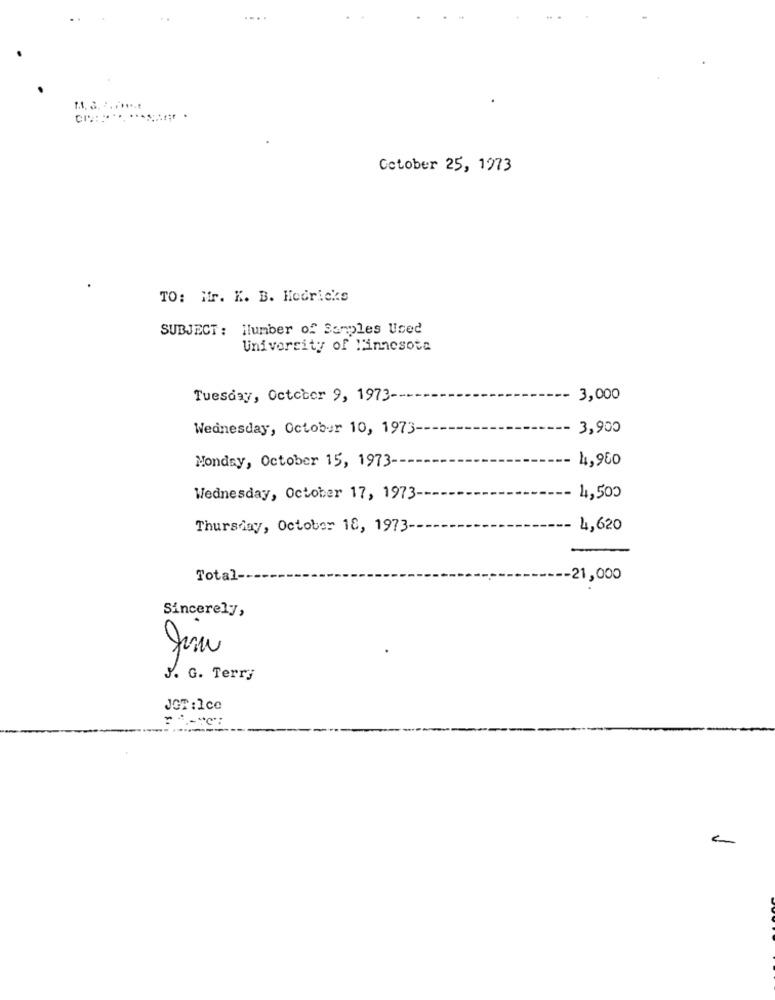
Cetober 25, 1973
TO: Mr. K. B. Hodricks
SUBJECT: Number of Samples Used
University of Minnesota
Tuesday, October 9, 1973-
3,000
Wednesday, October 10, 1973-
3,900
Monday, October 15, 1973 --
4,960
Wednesday, October 17, 1973-
4,500
Thursday, October 18, 1973-
- 4,620
Total-
-21,000
Sincerely,
J. G. Terry
JOT:Ice